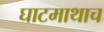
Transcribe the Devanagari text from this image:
घाटमाथाच